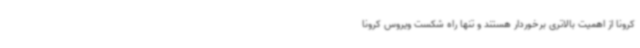
کرونا از اهمیت بالاتری برخوردار هستند و تنها راه شکست ویروس کرونا